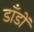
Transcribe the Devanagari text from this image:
डाँडों